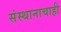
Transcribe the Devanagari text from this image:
संस्थानाचाही